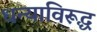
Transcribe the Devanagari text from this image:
धन्याविरूद्ध